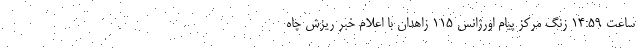
ساعت ۱۴:۵۹ زنگ مرکز پیام اورژانس ۱۱۵ زاهدان با اعلام خبر ریزش چاه